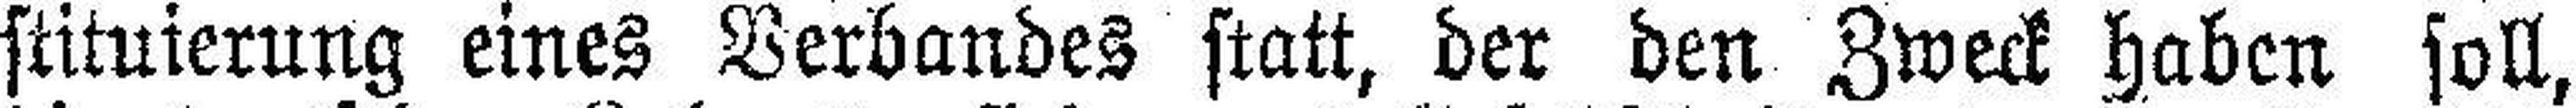
stituierung eines Verbandes statt, der den Zweck haben soll,